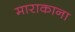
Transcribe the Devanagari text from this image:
माराकाना